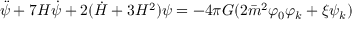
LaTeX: \ddot { \psi } + 7 H \dot { \psi } + 2 ( \dot { H } + 3 H ^ { 2 } ) \psi = - 4 \pi G ( 2 \bar { m } ^ { 2 } \varphi _ { 0 } \varphi _ { k } + \xi \psi _ { k } )